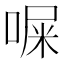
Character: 𪡨